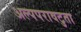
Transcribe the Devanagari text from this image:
अल्पपरावटुता